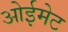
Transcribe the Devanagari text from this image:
ओईमेट